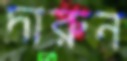
দারুন